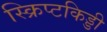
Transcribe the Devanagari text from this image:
स्क्रिप्टकिड्डी